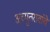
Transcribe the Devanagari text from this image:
अच्युतरावांचे